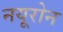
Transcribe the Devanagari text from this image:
नयूरोन